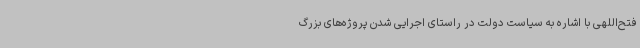
فتح‌اللهی با اشاره به سیاست دولت در راستای اجرایی شدن پروژه‌های بزرگ